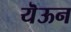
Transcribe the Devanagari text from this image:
यॆऊन